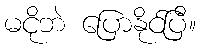
မငိုဘဲ ပြောနိုင်ပြီ။